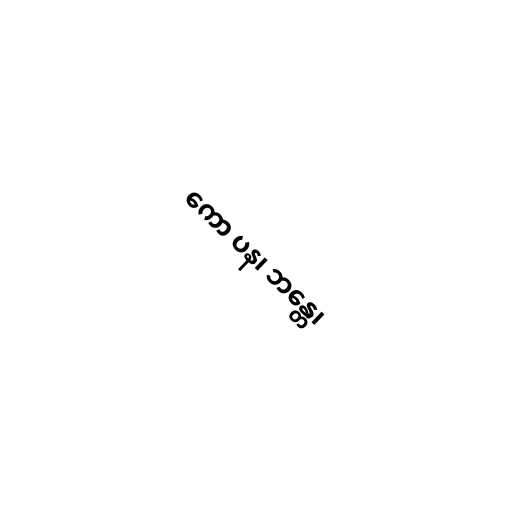
ကော ပန၊ ဘန္တေ၊